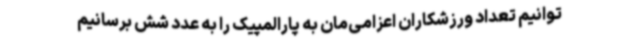
‌توانیم تعداد ورزشکاران اعزامی‌مان به پارالمپیک را به عدد شش برسانیم